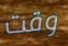
وقت